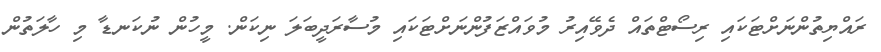
ރައްޔިތުންނަށްޓަކައި ރިސޯޓްތައް ދެވޭއިރު މުވައްޒަފުންނަށްޓަކައި މުސާރަދީބަލަ ނިކަން. މީހުން ނުކަނޑާ މި ހާލަތުން